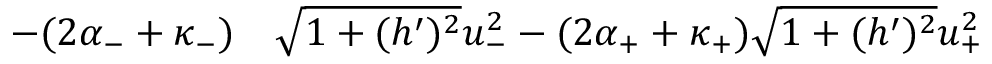
\begin{array} { r l } { - ( 2 \alpha _ { - } + \kappa _ { - } ) } & { { } \sqrt { 1 + ( h ^ { \prime } ) ^ { 2 } } u _ { - } ^ { 2 } - ( 2 \alpha _ { + } + \kappa _ { + } ) \sqrt { 1 + ( h ^ { \prime } ) ^ { 2 } } u _ { + } ^ { 2 } } \end{array}